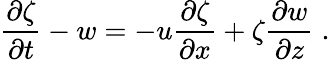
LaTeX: \frac{\partial\zeta}{\partial t}-w=-u\frac{\partial\zeta}{\partial x}+\zeta\frac{\partial w}{\partial z}\; .